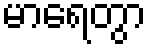
မာရေတွာ